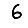
Digit: 6